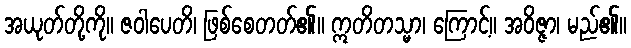
အယုတ်တို့ကို။ ဇဝါပေတိ၊ ဖြစ်စေတတ်၏။ ဣတိတသ္မာ၊ ကြောင့်။ အဝိဇ္ဇာ၊ မည်၏။